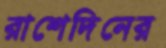
রাশেদিনের